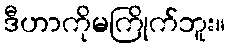
ဒီဟာကိုမကြိုက်ဘူး။